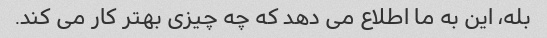
بله، این به ما اطلاع می دهد که چه چیزی بهتر کار می کند.